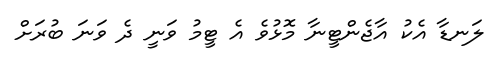
ލަނޑާ އެކު އާޖެންޓީނާ މޮޅުވެ އެ ޓީމު ވަނީ ދެ ވަނަ ބުރަށް